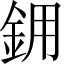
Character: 𬫉